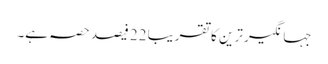
جہانگیر ترین کا تقریبا 22 فیصد حصہ ہے۔